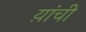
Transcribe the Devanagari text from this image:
य़ांची